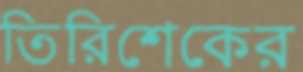
তিরিশেকের